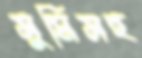
সুমিসহ